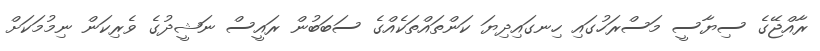
ރާއްޖޭގެ ސިޔާސީ މަސްރަހުގައި ހިނގައިދިޔަ ކަންތައްތަކެއްގެ ސަބަބުން ރައީސް ނަޝީދުގެ ވެރިކަން ނިމުމަކަށް